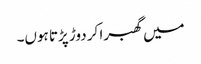
میں گھبرا کر دوڑ پڑتا ہوں۔